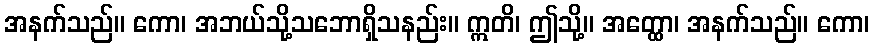
အနက်သည်။ ကော၊ အဘယ်သို့သဘောရှိသနည်း။ ဣတိ၊ ဤသို့။ အတ္ထော၊ အနက်သည်။ ကော၊